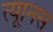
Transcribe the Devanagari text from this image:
त्यूानस